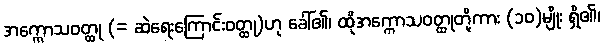
အက္ကောသဝတ္ထု (= ဆဲရေးကြောင်းဝတ္ထု)ဟု ခေါ်၏၊ ထိုအက္ကောသဝတ္ထုတို့ကား (၁၀)မျိုး ရှိ၏၊